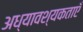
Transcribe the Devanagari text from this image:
अध्यावश्यकताएँ